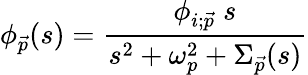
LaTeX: \phi_{\vec{p}}(s)=\frac{\phi_{i;\vec{p}}\; s}{s^{2}+\omega_{p}^{2}+\Sigma_{\vec{p}}(s)}